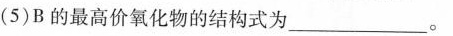
(5)B的最高价氧化物的结构式为____。